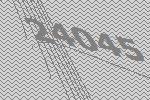
24045